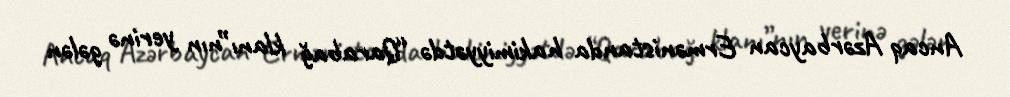
Ancaq Azərbaycan Ermənistanda hakimiyyətdə “Qarabağ klanı”nın yerinə gələn